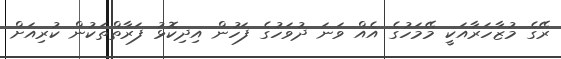
ރޭގެ މުޒާހަރާއަކީ މޭމަހުގެ އެއް ވަނަ ދުވަހުގެ ފަހުން އިދިކޮޅު ފަރާތްތަކުން ކުރިއަށް